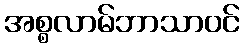
အစ္စလာမ်ဘာသာဝင်